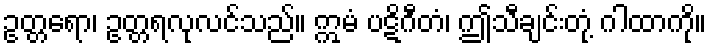
ဥတ္တရော၊ ဥတ္တရလုလင်သည်။ ဣမံ ပဋိဂီတံ၊ ဤသီချင်းတုံ့ ဂါထာကို။